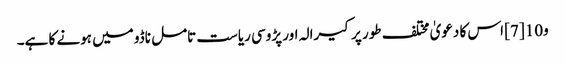
و10 [7] اس کا دعویٰ مختلف طور پر کیرالہ اور پڑوسی ریاست تامل ناڈو میں ہونے کا ہے۔